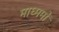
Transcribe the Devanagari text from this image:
माध्ममों